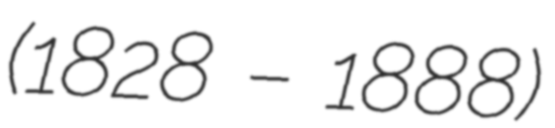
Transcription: (1828 – 1888)